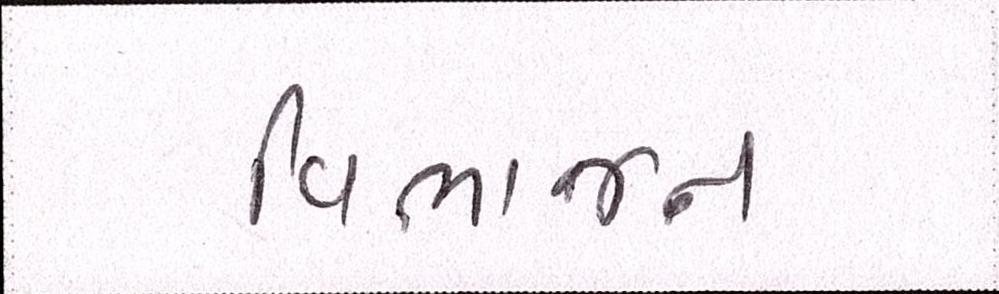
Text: વિભાજન